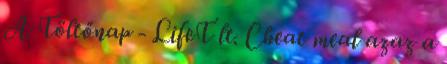
A Töltőnap - LifeT lt. Cheat meal azaz a